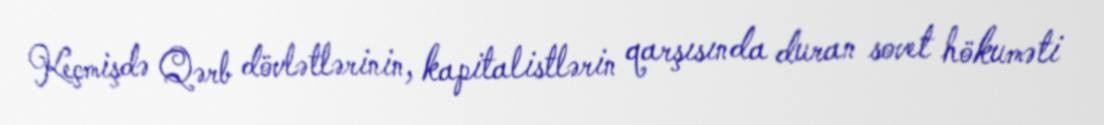
Keçmişdə Qərb dövlətlərinin, kapitalistlərin qarşısında duran sovet hökuməti